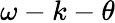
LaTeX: \omega-k-\theta